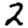
Digit: 2